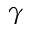
\gamma